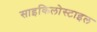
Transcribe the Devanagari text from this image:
साइकिलोस्टाइल